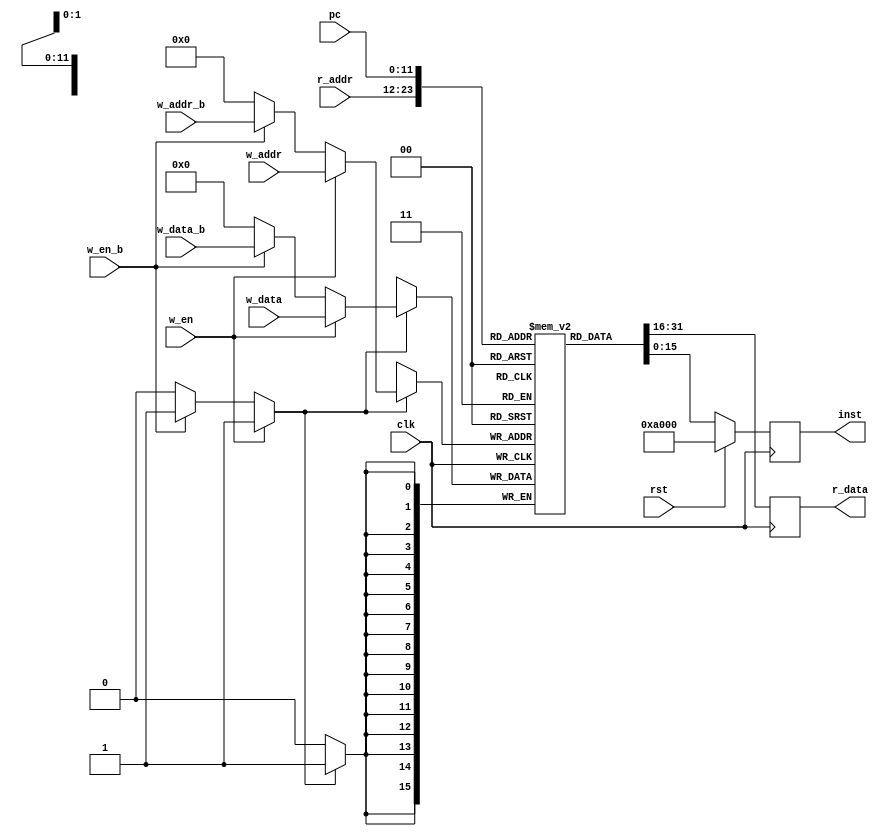
`ifndef _include_memory_
`define _include_memory_

module Memory(
	input  wire [11:0] r_addr,
	output reg  [15:0] r_data,

	input  wire [11:0] w_addr,
	input  wire [15:0] w_data,
	input  wire        w_en,

	input  wire [11:0] pc,
	output reg  [15:0] inst,

   input  wire [11:0] w_addr_b,
	input  wire [15:0] w_data_b,
	input  wire        w_en_b,

	input  wire        clk, 
	input  wire        rst
);
	reg [15:0] memory[4095:0];
	
	wire [11:0] write_address;
	wire [15:0] write_data;
	wire write_en;
	
	assign write_address = (
		w_en ? w_addr :
		w_en_b ? w_addr_b :
		0
	);
	
	assign write_data = (
		w_en ? w_data :
		w_en_b ? w_data_b :
		0
	);
	
	assign write_en = (
		w_en ? w_en :
		w_en_b ? w_en_b :
		0
	);

	integer ii;
	initial begin
		for (ii=0; ii<4096; ii=ii+1) begin
			memory[ii] = 0;
		end
	end
	
	always @(negedge clk) begin
		r_data <= memory[r_addr];
	end
	
	always @(posedge clk) begin
		if (rst) begin
			inst <= 16'b1010_000000_000000; // mov r0 r0 (noop)
		end else begin
			inst <= memory[pc];
		end
	end

	always @(posedge clk) begin
		if (write_en) begin
			//$display("%t sw [%d] %d", $time, w_addr, w_data);
			memory[write_address] <= write_data;
		end
	end

	/*
	always @(posedge clk) begin
		if (w_en_b) begin
			//$write("\n%t sw [%d] %h\n", $time, w_addr_b, w_data_b);
			memory[w_addr_b] <= w_data_b;
		end
	end
	*/
	

endmodule

`endif // _include_memory_